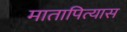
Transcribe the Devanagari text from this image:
मातापित्यास